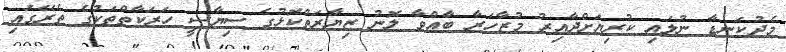
މެދުކަނޑާ ނުލައި ކުރިޔަށްދާއިރު މުޒާހަރާ ބާއްވާ ލޮނު ޒިޔާރަތްކޮޅުގެ ސިޔާސީ ހަރަކާތްތަކުގެ ތެރޭގައި